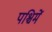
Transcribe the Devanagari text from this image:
पश्चिमें